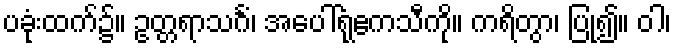
ပခုံးထက်၌။ ဥတ္တရာသင်္ဂံ၊ အပေါ်ရုံဧကသီကို။ ကရိတွာ၊ ပြု၍။ ဝါ၊